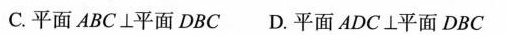
C.平面ABC\bot 平面DBC D.平面ADC\bot 平面DBC